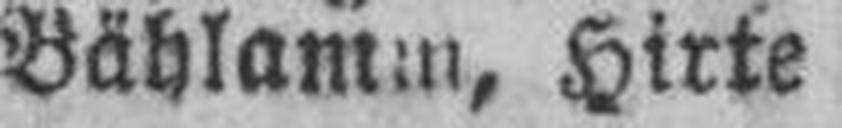
Bählamm, Hirte